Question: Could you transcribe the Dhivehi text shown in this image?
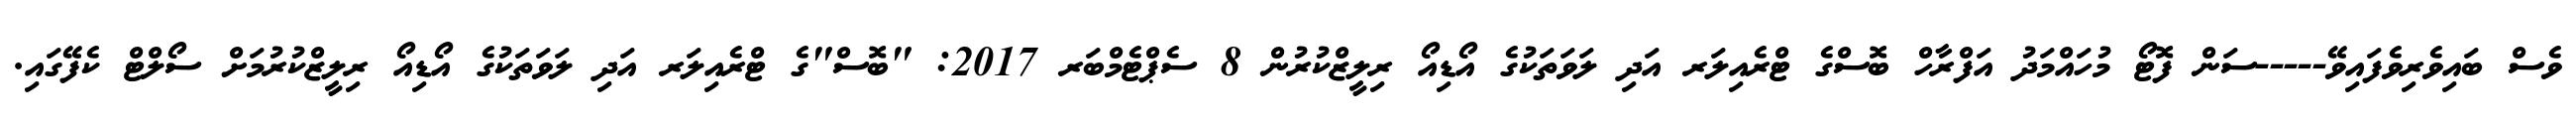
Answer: ވެސް ބައިވެރިވެފައިވޭ-----ސަން ފޮޓޯ މުހައްމަދު އަފްރާހް ބޮސްގެ ޓްރެއިލަރ އަދި ލަވަތަކުގެ އޯޑިއޯ ރިލީޒްކުރުން 8 ސެޕްޓެމްބަރ 2017: "ބޮސް"ގެ ޓްރެއިލަރ އަދި ލަވަތަކުގެ އޯޑިއޯ ރިލީޒްކުރުމަށް ސޯލްޓް ކެފޭގައި.